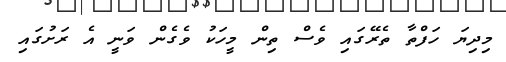
މިދިޔަ ހަފްތާ ތެރޭގައި ވެސް ތިން މީހަކު ވެގެން ވަނީ އެ ރަށުގައި